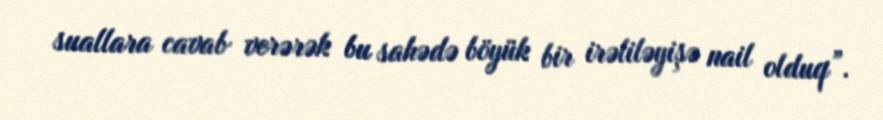
suallara cavab verərək bu sahədə böyük bir irəliləyişə nail olduq”.